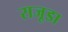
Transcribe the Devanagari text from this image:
राजूडा